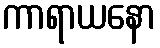
ကာရာယနော